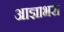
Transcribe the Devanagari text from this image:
आज्ञाभरा